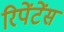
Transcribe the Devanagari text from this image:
रिपेंटेंस